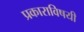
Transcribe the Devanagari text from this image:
प्रकाराविषयी